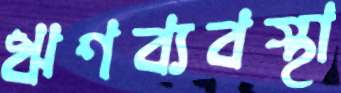
ঋণব্যবস্থা